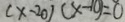
( x - 2 0 ) ( x - 1 0 ) = 0